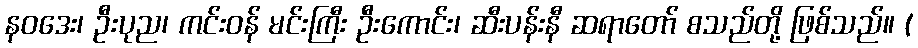
နဝဒေး၊ ဦးပုည၊ ကင်းဝန် မင်းကြီး ဦးကောင်း၊ ဆီးပန်းနီ ဆရာတော် စသည်တို့ ဖြစ်သည်။ (